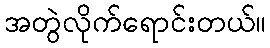
အတွဲလိုက်ရောင်းတယ်။